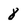
Character: 8